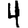
Digit: 4